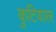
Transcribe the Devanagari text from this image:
कुटियाल